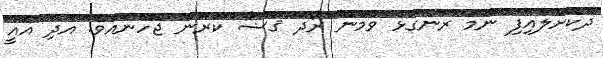
ދޫކޮށްލައިފި ނަމަ ރަނގަޅު ވުމުން ރޯދަ ޤަޟާ ކުރަން ޖެހޭނެއެވެ. އަދި އެއީ